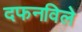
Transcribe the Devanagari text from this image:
दफनविले